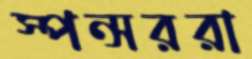
স্পন্সররা